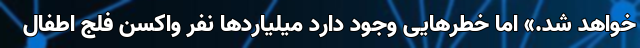
خواهد شد.» اما خطر‌هایی وجود دارد میلیارد‌ها نفر واکسنِ فلج اطفال